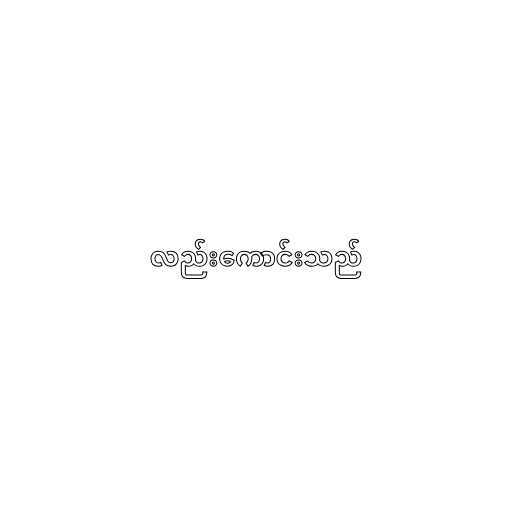
လည်းကောင်းသည်